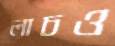
লাচও